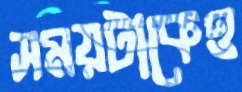
সময়টাকেও